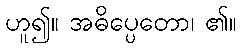
ဟူ၍။ အဓိပ္ပေတော၊ ၏။